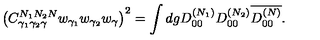
\nonumber \left( C _ { \gamma _ { 1 } \gamma _ { 2 } \gamma } ^ { N _ { 1 } N _ { 2 } N } w _ { \gamma _ { 1 } } w _ { \gamma _ { 2 } } w _ { \gamma } \right) ^ { 2 } = \int d g D _ { 0 0 } ^ { ( N _ { 1 } ) } D _ { 0 0 } ^ { ( N _ { 2 } ) } \overline { { D _ { 0 0 } ^ { ( N ) } } } .